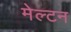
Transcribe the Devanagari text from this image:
मेल्टन